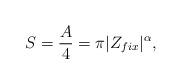
LaTeX: \begin{align*}S={A\over 4}=\pi|Z_{fix}|^{\alpha}, \end{align*}